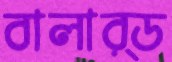
বালার্ড